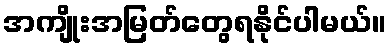
အကျိုးအမြတ်တွေရနိုင်ပါမယ်။